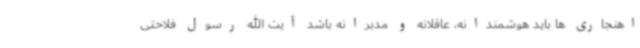
اهنجاری ها باید هوشمندانه، عاقلانه و مدبرانه باشد آیت الله رسول فلاحتی